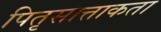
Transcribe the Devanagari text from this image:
पितृसात्ताकता